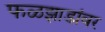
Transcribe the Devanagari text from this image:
फळझाडांवर